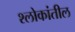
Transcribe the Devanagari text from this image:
श्लोकांतील